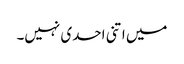
میں اتنی احدی نہیں۔